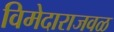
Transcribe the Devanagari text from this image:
विमेदाराजवळ